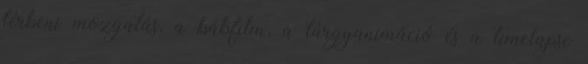
térbeni mozgatás, a bábfilm, a tárgyanimáció és a timelapse